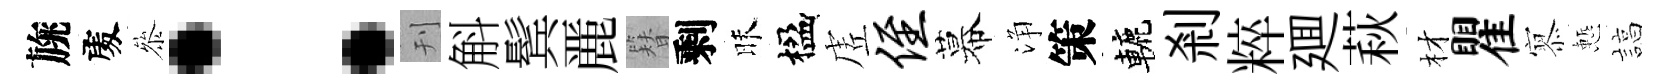
旐𠁅叅：刊斛鬂䴡簪剩昧楹虗侄幕浄策轆剎粹廽萩材瞿𡪹慙諄